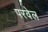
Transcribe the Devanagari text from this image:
परवेल